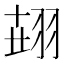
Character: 𦐫